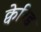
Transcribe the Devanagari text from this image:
क्वेरिड